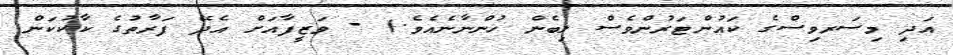
އަދި މިސަރވިސްގެ ކައުންޓަރުންވެސް ލިބެން ހުންނާނެއެވެ.) - ވަޒީފާއަށް އެދޭ ފަރާތުގެ ކާކުކަން